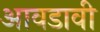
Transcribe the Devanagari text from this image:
आवडावी